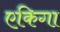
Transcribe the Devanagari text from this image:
एकिगा